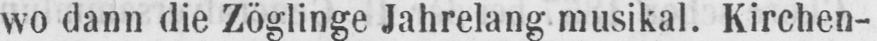
wo dann die Zöglinge Jahrelang musikal. Kirchen-